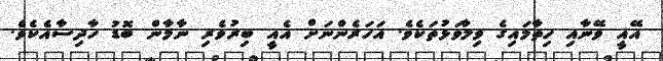
އޭއީ ވޭނާއި ހިތާމައިގެ ވިލާވަޅުތަކެވެ. އަހަރެންނަށް އެއީ ބިރުވެރި ނާމާން ބޮޑު ހާދިސާއެކެވެ.